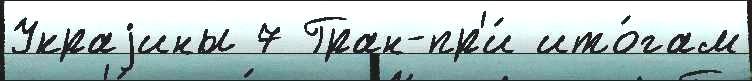
Украjины 7 Гран-пр'и́ ито́гам